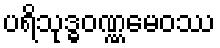
ပရိသုဒ္ဓဝဏ္ဏမေဝဿ